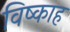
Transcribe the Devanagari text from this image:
विष्काह